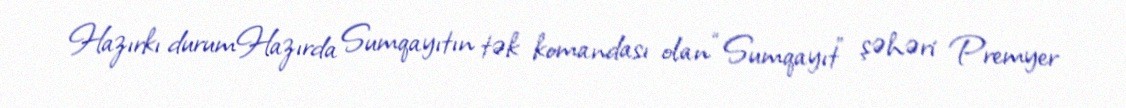
Hazırkı durumHazırda Sumqayıtın tək komandası olan “Sumqayıt” şəhəri Premyer